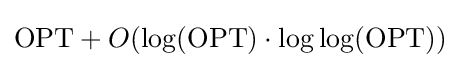
\mathrm {OPT} +O(\log(\mathrm {OPT} )\cdot \log \log(\mathrm {OPT} ))